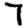
Digit: 7